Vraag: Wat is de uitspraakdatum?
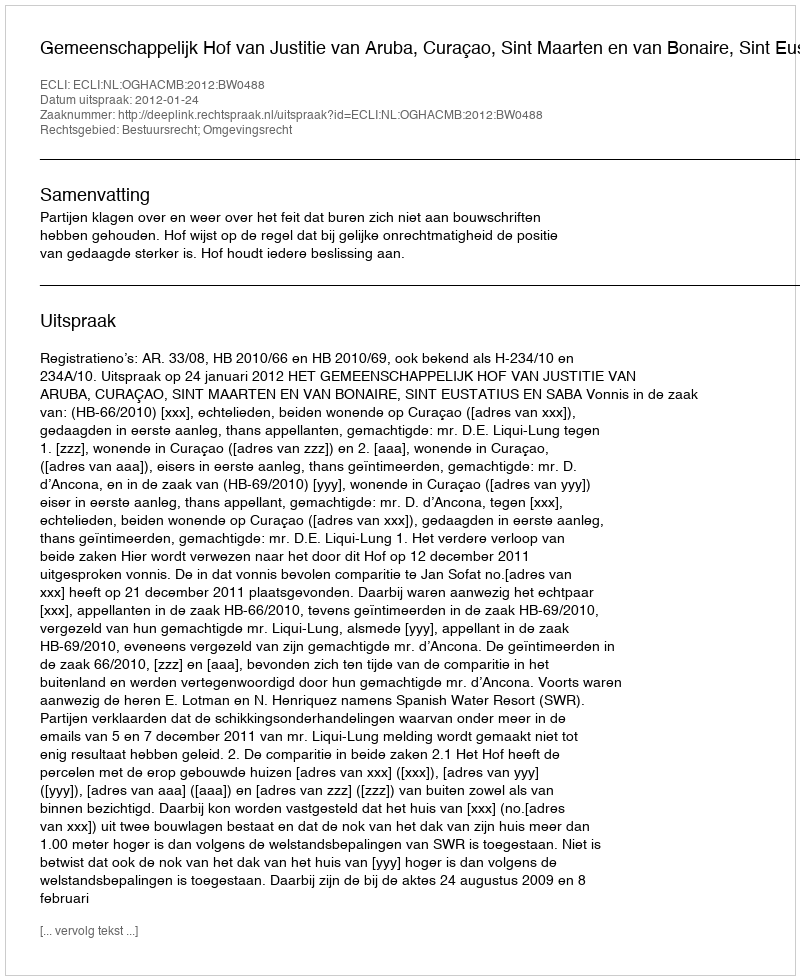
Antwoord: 2012-01-24